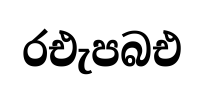
රඑැපබඑ